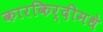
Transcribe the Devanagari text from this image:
कारकिर्दीमधे